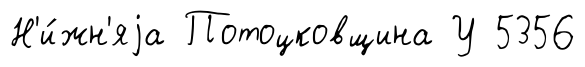
Н'и́жн'яjа Потоцковщина У 5356